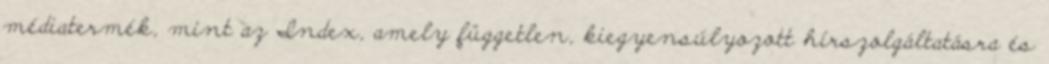
médiatermék, mint az Index, amely független, kiegyensúlyozott hírszolgáltatásra és